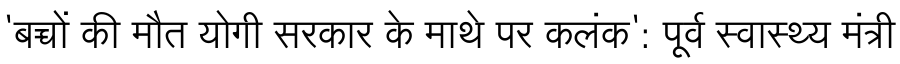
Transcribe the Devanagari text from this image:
'बच्चों की मौत योगी सरकार के माथे पर कलंक': पूर्व स्वास्थ्य मंत्री